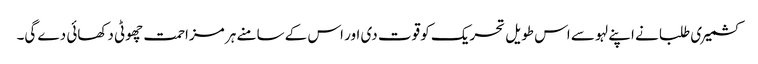
کشمیری طلبا نے اپنے لہو سے اس طویل تحریک کو قوت دی اور اس کے سامنے ہر مزاحمت چھوٹی دکھائی دے گی۔